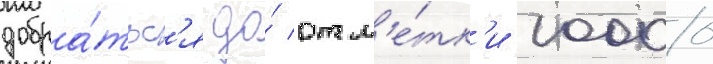
добра́тьс'я до́ отм'е́тк'и 10000